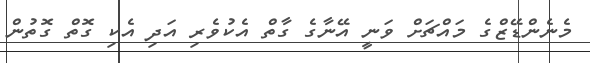
މެނެންޑޭޒްގެ މައްޗަށް ވަނީ އޭނާގެ ގާތް އެކުވެރި އަދި އެކި ގޮތް ގޮތުން